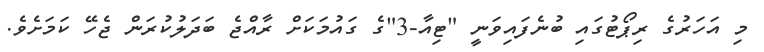
މި އަހަރުގެ ރިޕޯޓުގައި ބުނެފައިވަނީ "ޓިއާ-3"ގެ ގައުމަކަށް ރާއްޖެ ބަދަލުކުރަން ޖެހޭ ކަމަށެވެ.